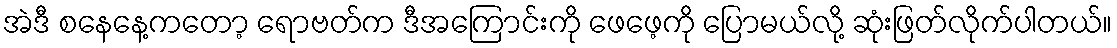
အဲဒီ စနေနေ့ကတော့ ရောဗတ်က ဒီအကြောင်းကို ဖေဖေ့ကို ပြောမယ်လို့ ဆုံးဖြတ်လိုက်ပါတယ်။